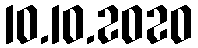
10.10.2020